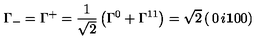
\Gamma _ { - } = \Gamma ^ { + } = { \frac { 1 } { \sqrt { 2 } } } \left( \Gamma ^ { 0 } + \Gamma ^ { 1 1 } \right) = \sqrt { 2 } \left( \begin{matrix} { 0 } & { i \bf { 1 } } \\ { 0 } & { 0 } \\ \end{matrix} \right)